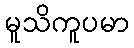
မူသိကူပမာ